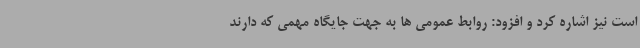
است نیز اشاره کرد و افزود: روابط عمومی ها به جهت جایگاه مهمی که دارند